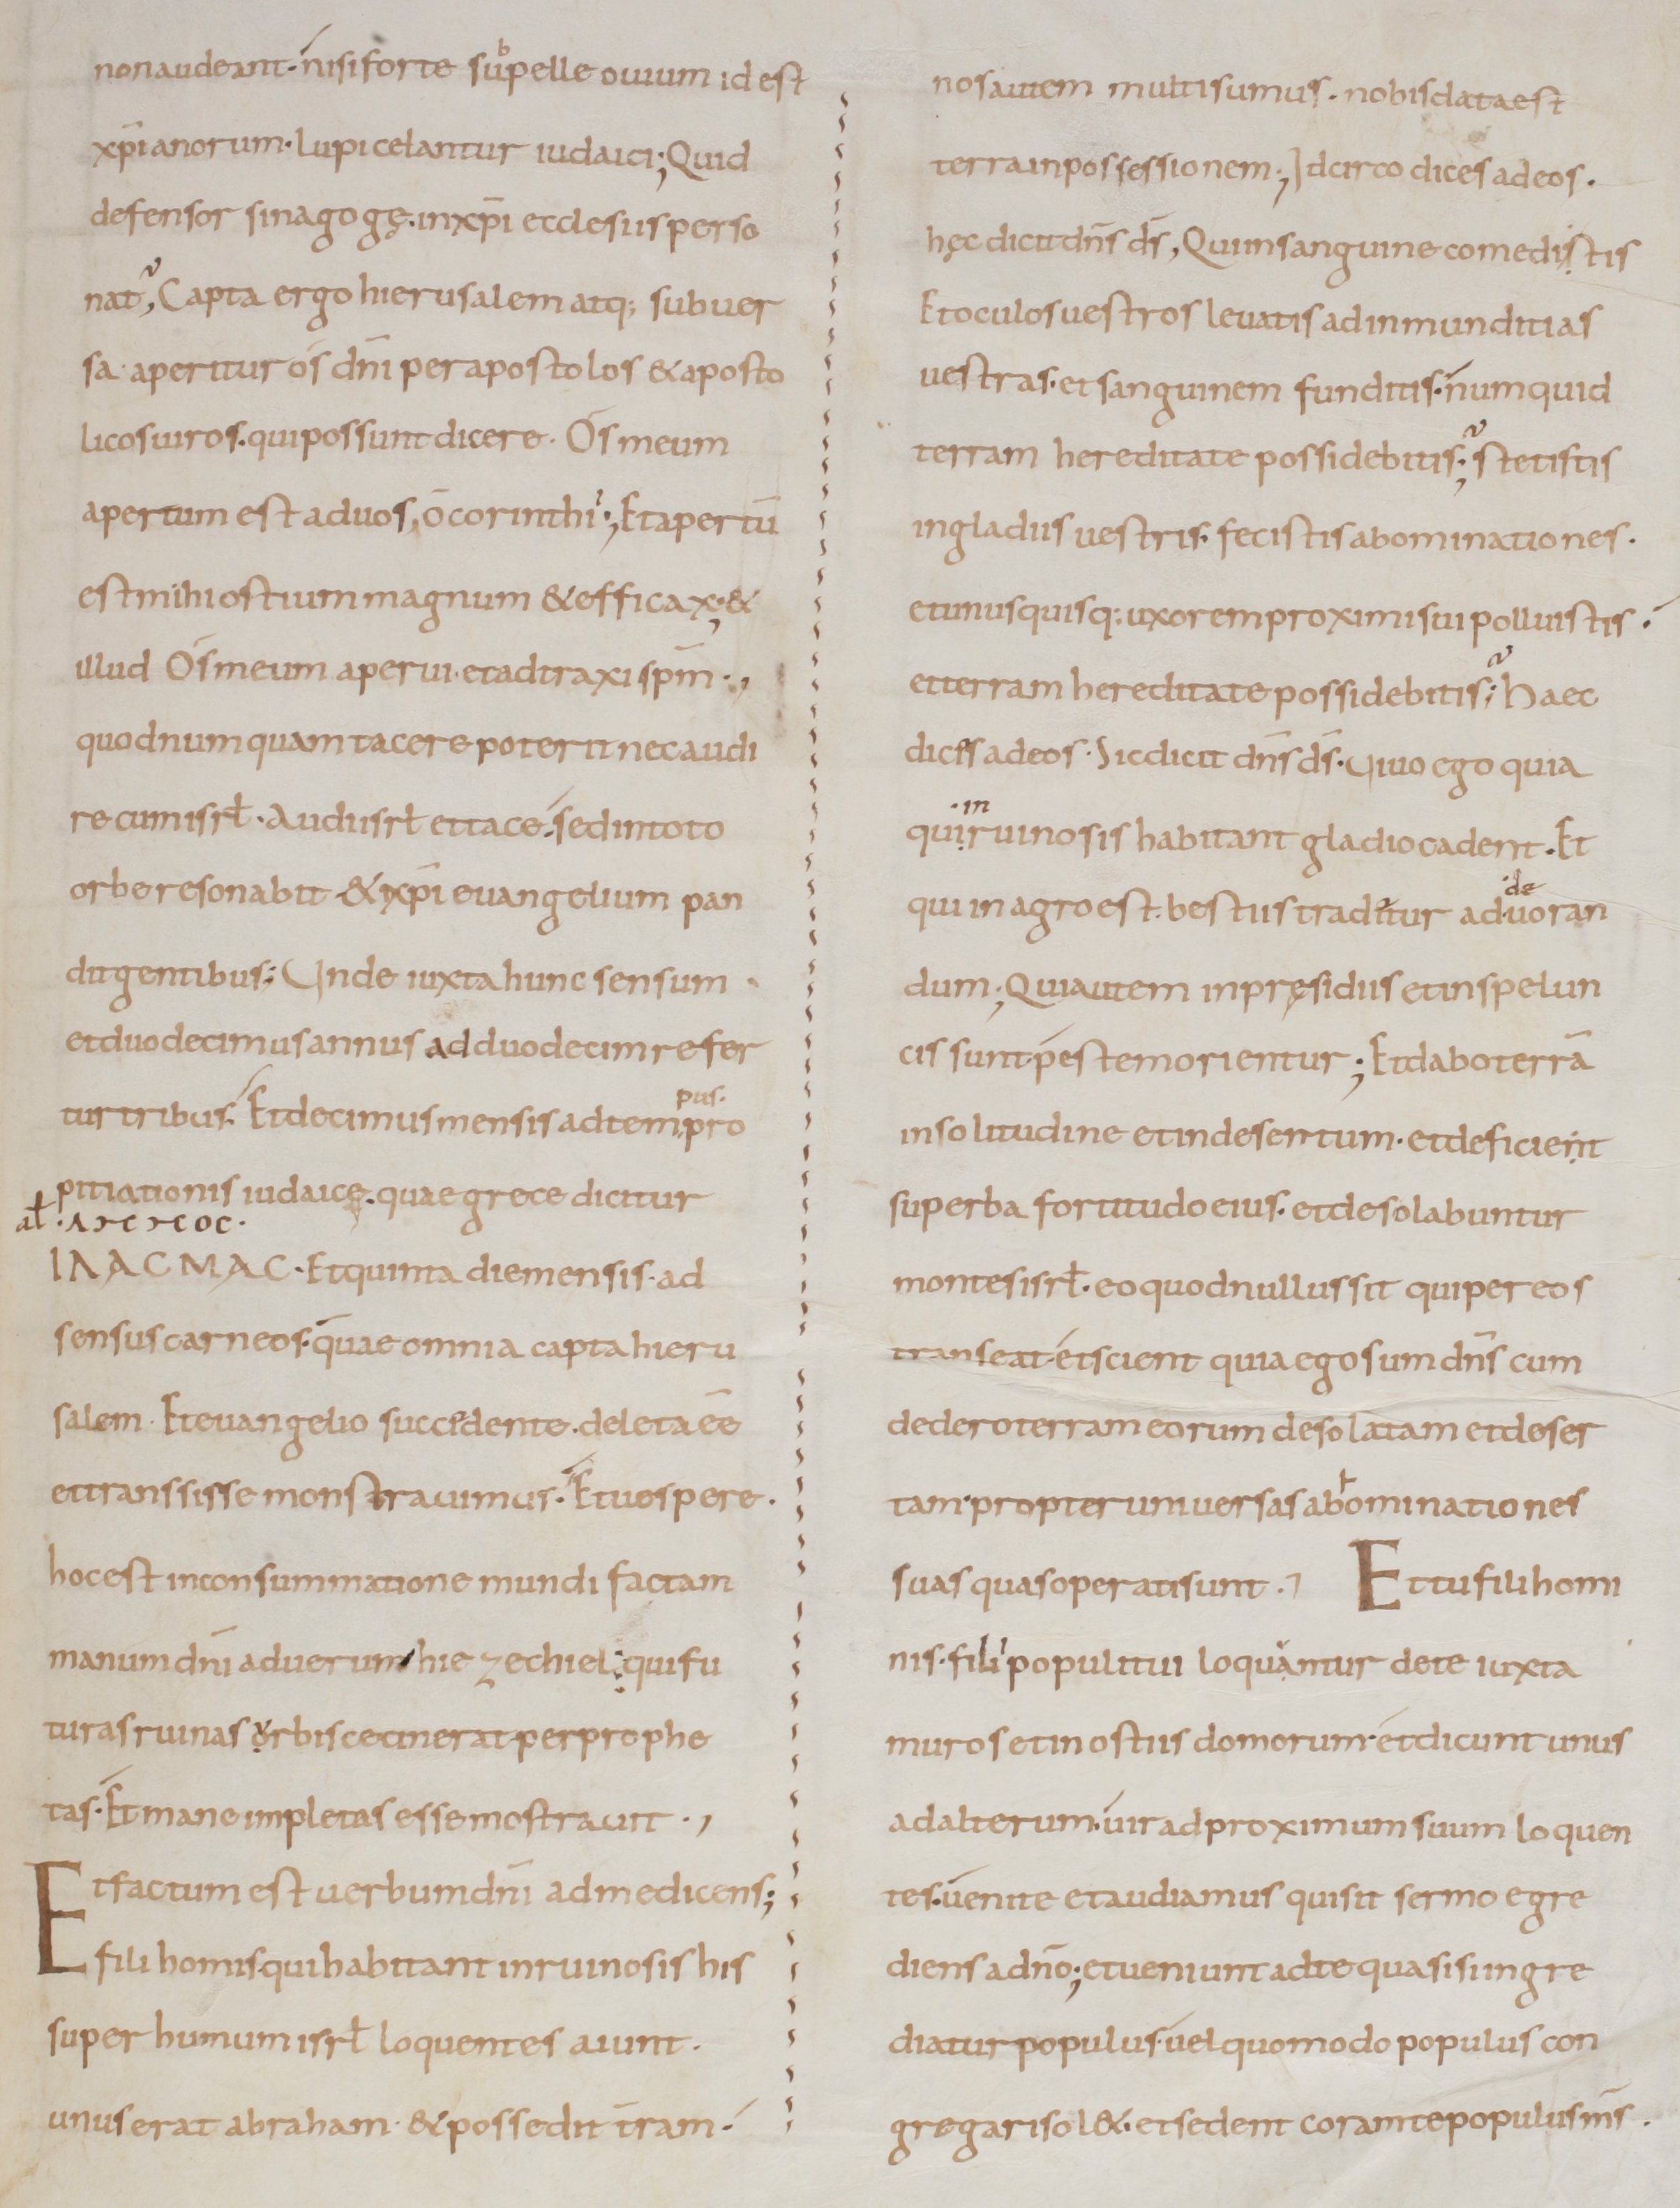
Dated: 800–899